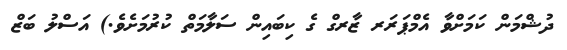
ދުޝްމަން ކަމަށްވާ އެމްޕަރަރ ޒާރގް ގެ ކިބައިން ސަލާމަތް ކުރުމަށެވެ.) އަސްލު ބަޒް